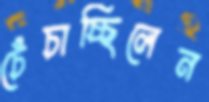
চেঁচাচ্ছিলেন